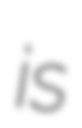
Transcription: is